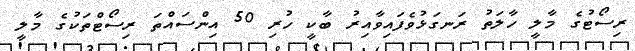
ރިސޯޓުގެ މާލީ ހާލަތު ރަނގަޅުވެފައިވާއިރު ބާކީ ހުރި 50 އިންސައްތަ ރިސޯޓްތަކުގެ މާލީ